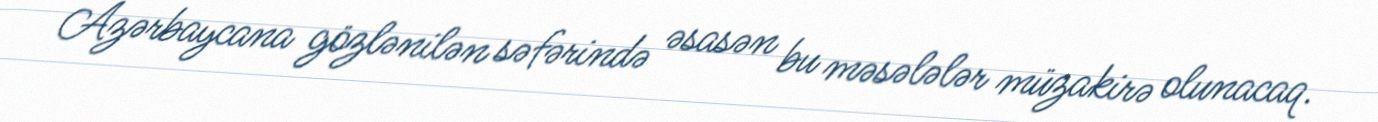
Azərbaycana gözlənilən səfərində əsasən bu məsələlər müzakirə olunacaq.